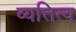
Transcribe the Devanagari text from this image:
व्यत्तित्व